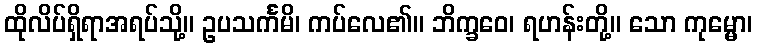
ထိုလိပ်ရှိရာအရပ်သို့။ ဥပသင်္ကမိ၊ ကပ်လေ၏။ ဘိက္ခဝေ၊ ရဟန်းတို့။ သော ကုမ္မော၊